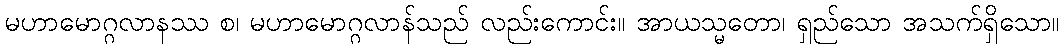
မဟာမောဂ္ဂလာနဿ စ၊ မဟာမောဂ္ဂလာန်သည် လည်းကောင်း။ အာယသ္မတော၊ ရှည်သော အသက်ရှိသော။